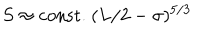
LaTeX: S \approx \mathrm { c o n s t . } ~ ( L / 2 - \sigma ) ^ { 5 / 3 }